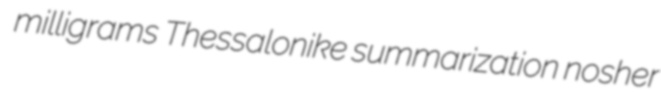
milligrams Thessalonike summarization nosher